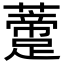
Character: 𧂨